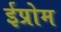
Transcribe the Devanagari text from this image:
ईप्रोम